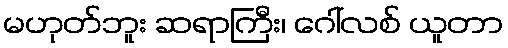
မဟုတ်ဘူး ဆရာကြီး၊ ဂေါ်လစ် ယူတာ